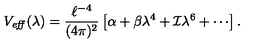
V _ { \mathrm { \footnotesize \it e f f } } ( \lambda ) = { \frac { \ell ^ { - 4 } } { ( 4 \pi ) ^ { 2 } } } \left[ \alpha + \beta \lambda ^ { 4 } + { \cal I } \lambda ^ { 6 } + \cdots \right] .